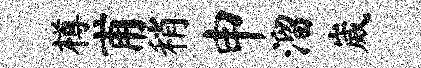
樽甫稍申溜崴